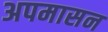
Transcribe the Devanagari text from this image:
अपमासन